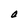
Character: O